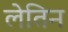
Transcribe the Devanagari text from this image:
लेतिन